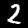
Label: 2